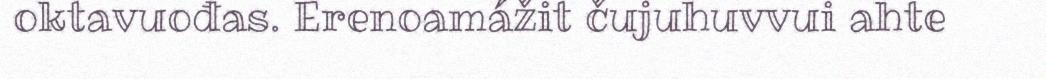
oktavuođas. Erenoamážit čujuhuvvui ahte